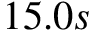
1 5 . 0 s